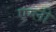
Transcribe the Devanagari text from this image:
एग्ली